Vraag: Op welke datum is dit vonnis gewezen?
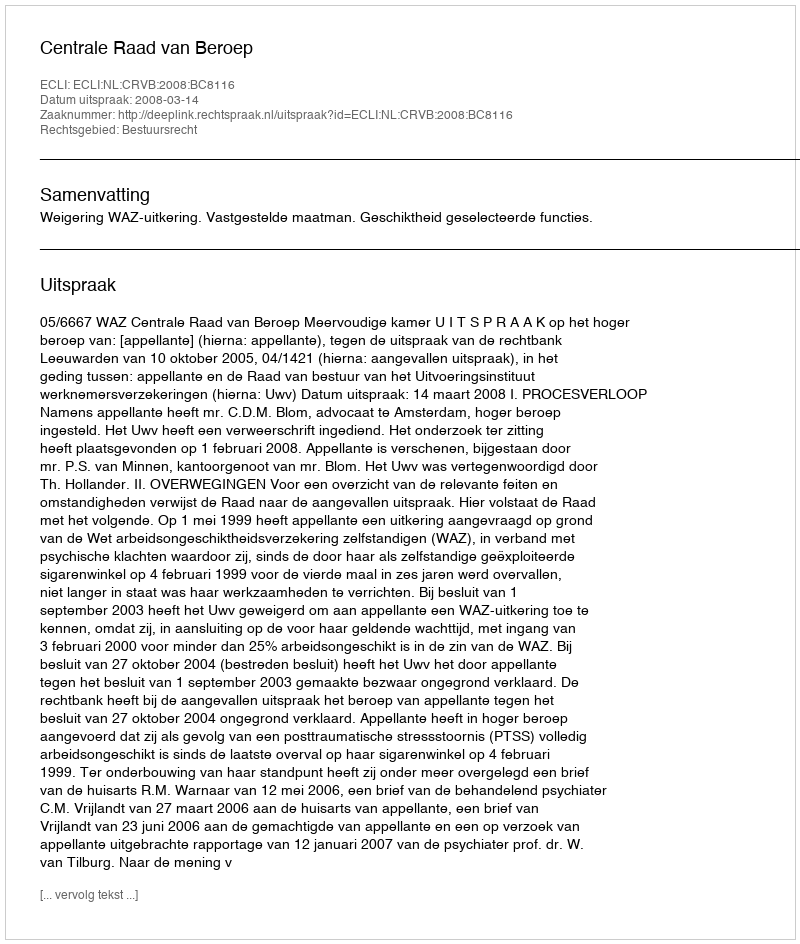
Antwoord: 2008-03-14